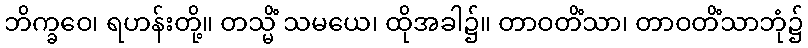
ဘိက္ခဝေ၊ ရဟန်းတို့။ တသ္မိံ သမယေ၊ ထိုအခါ၌။ တာဝတိံသာ၊ တာဝတိံသာဘုံ၌